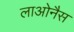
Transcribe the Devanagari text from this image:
लाओनैस